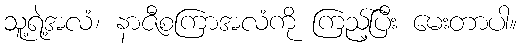
သူ့ရဲ့အလံ၊ နာဇီစကြာအလံကို ကြည့်ပြီး မေးတာပါ။